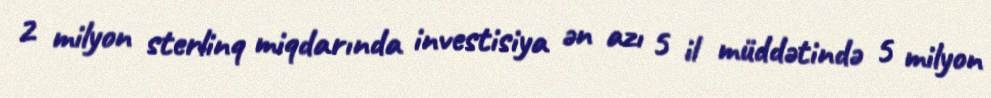
2 milyon sterlinq miqdarında investisiya ən azı 5 il müddətində 5 milyon